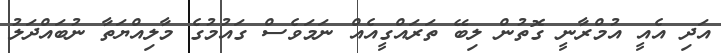
އަދި އެއީ އުމްރާނީ ގޮތުން ލިބޭ ތަރައްގީއެއް ނަމަވެސް ގައުމުގެ މާލިއްޔަތާ ނުބައްދަލު